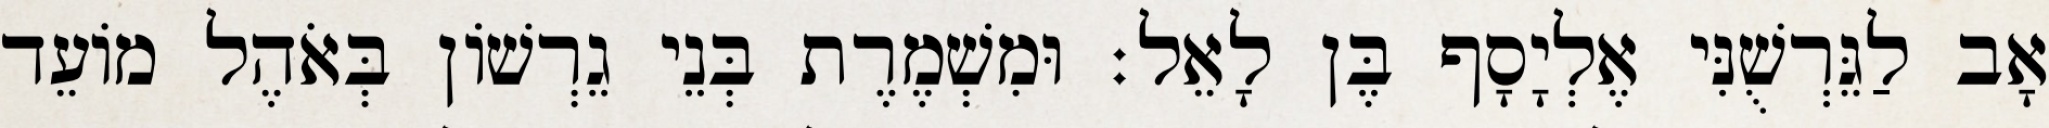
אָב לַגֵּרְשֻׁנִּי אֶלְיָסָף בֶּן לָאֵל׃ וּמִשְׁמֶרֶת בְּנֵי גֵרְשׁוֹן בְּאֹהֶל מוֹעֵד